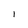
Character: l